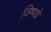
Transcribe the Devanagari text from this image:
जिष्णवे